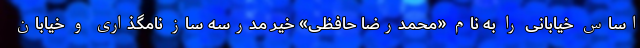
اساس خیابانی را به نام «محمدرضا حافظی» خیر مدرسه ساز نامگذاری و خیابان